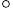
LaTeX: _{\circ}